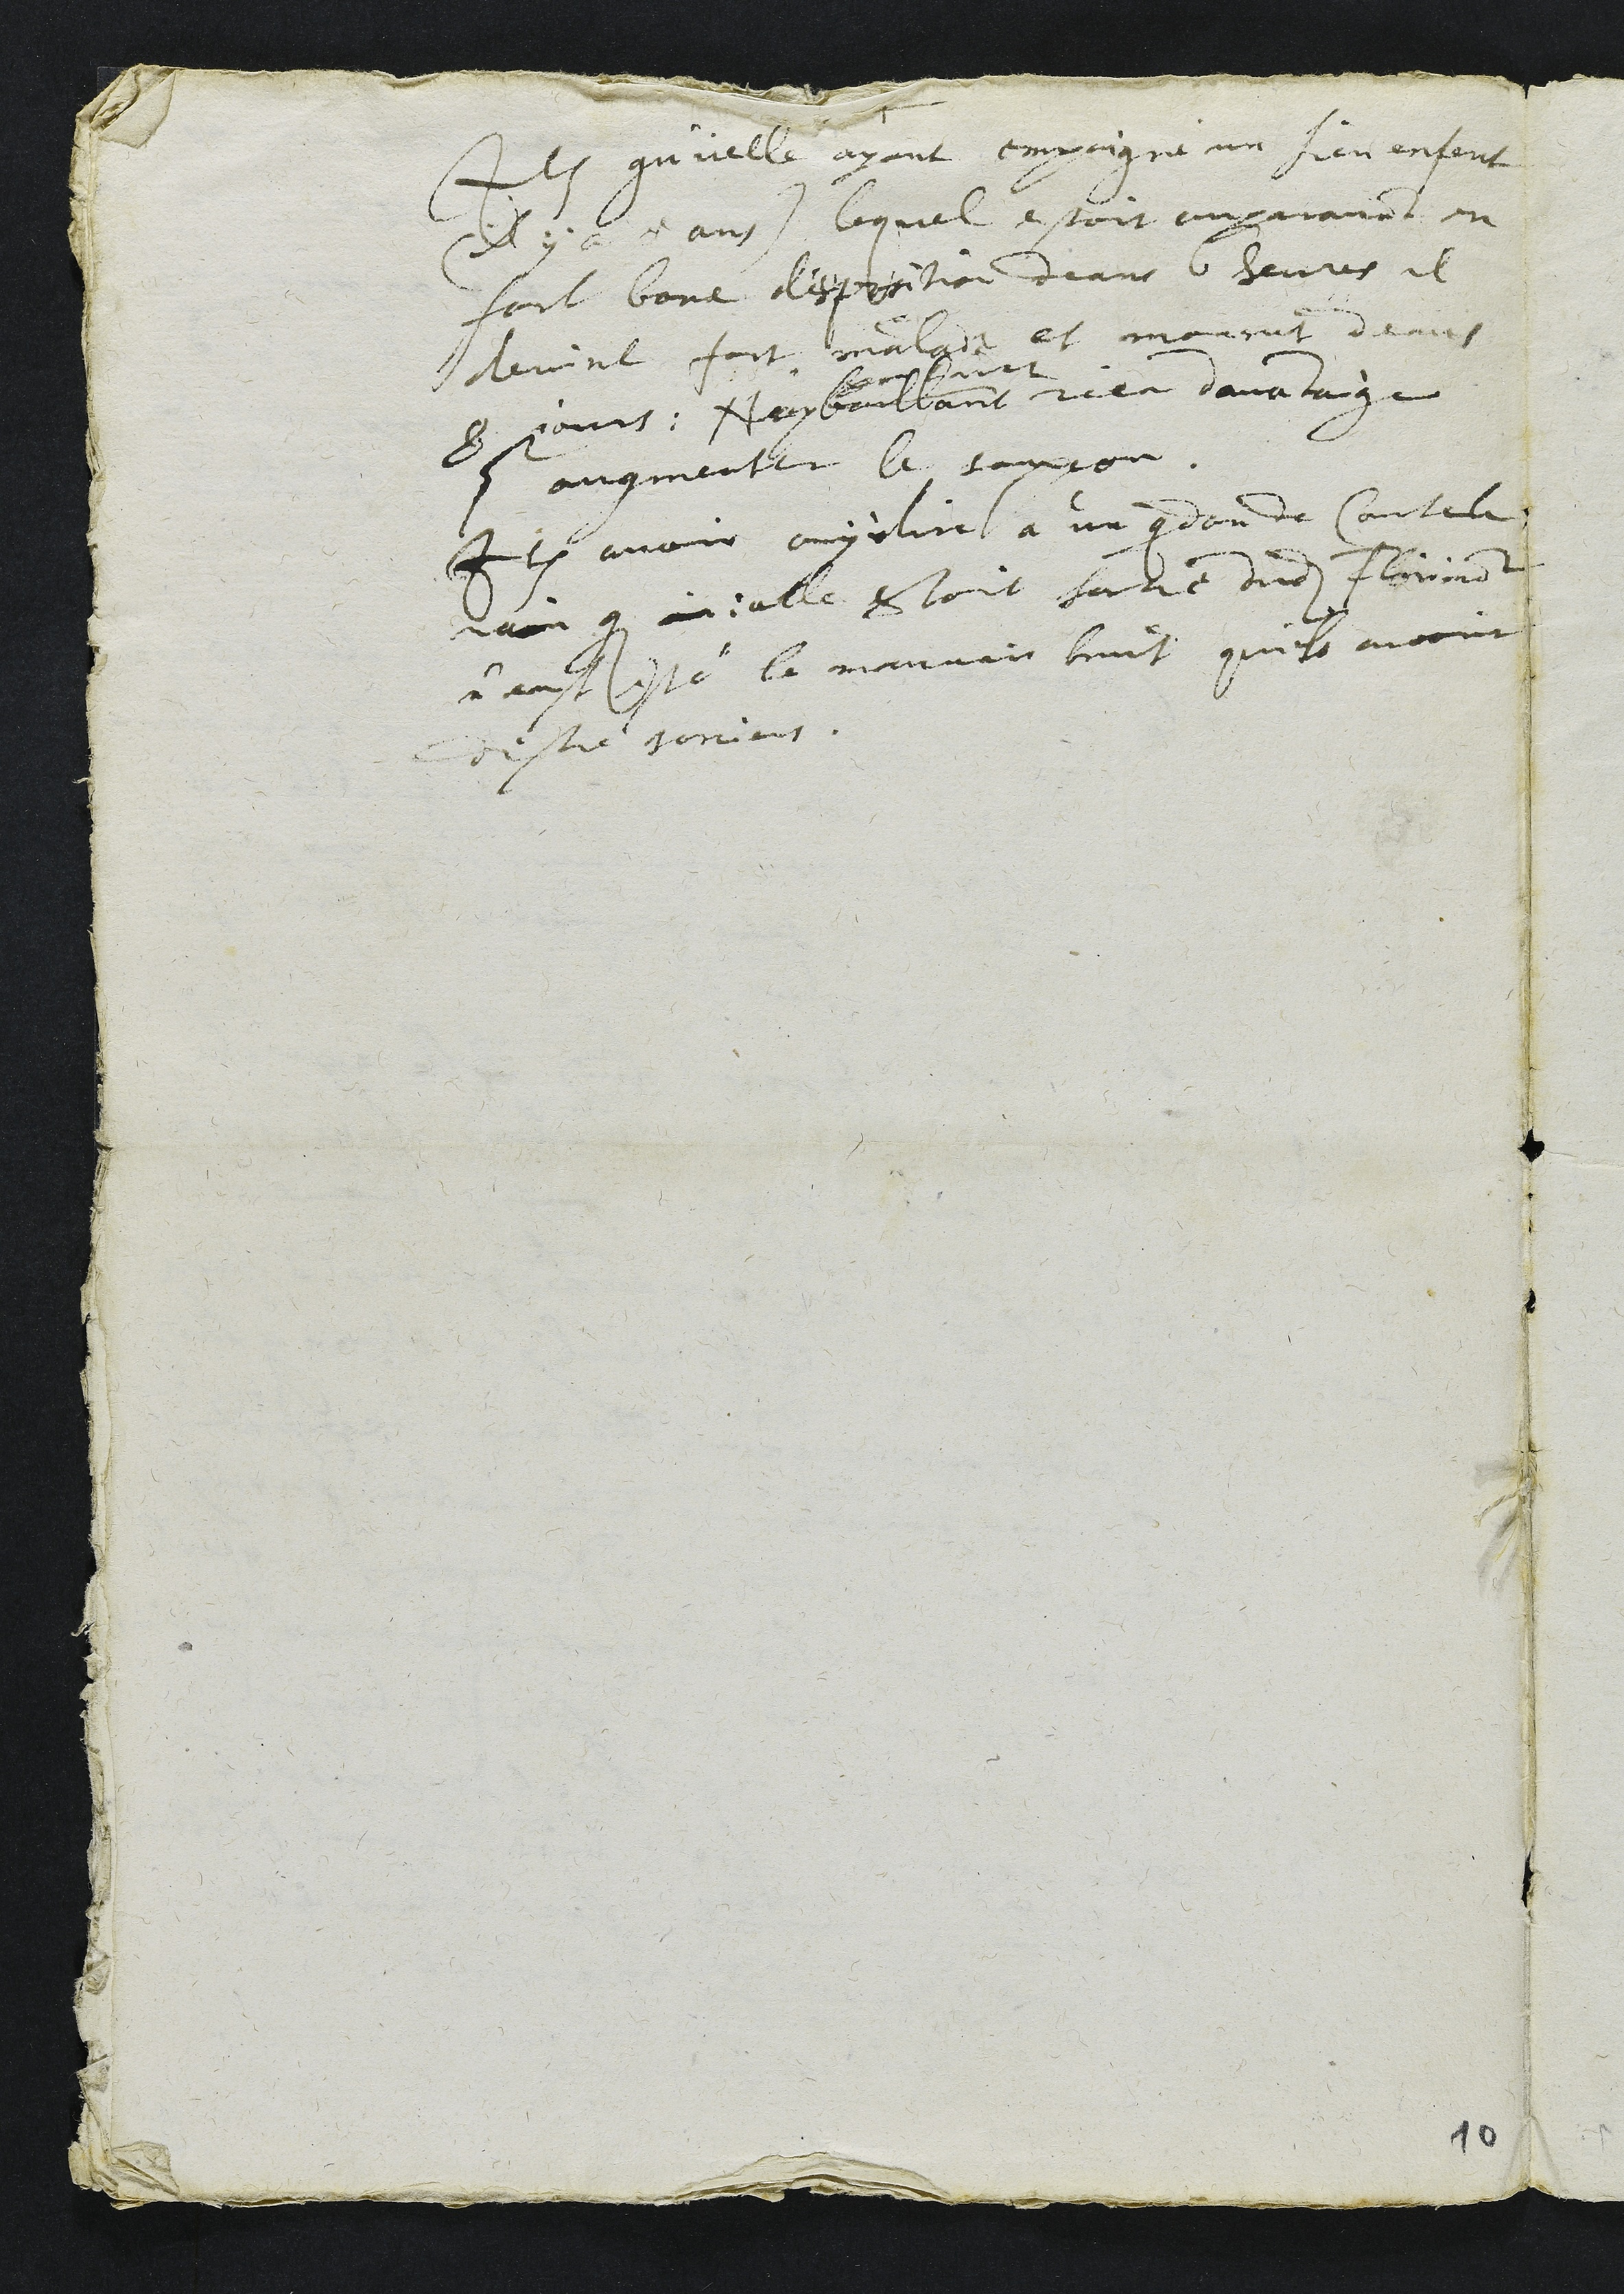
Item qu'icelle ayant empoigné un sien enfant
(il y a 5 ans) lequel estoit auparavant en
fort bone disposition deans 6 heures il
devint fort malade et mourut deans
8 jours ; N'y baillant
saichant
rien davantaige
pour augmenter le soupçon.
Item avoir ouy dire a un quidam de Courcele
??? que ?? icelle estoit sortie dudit Florimont
n'eust esté le mauvais bruit qu'ils avoint
destre sorciers.